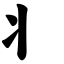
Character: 丬